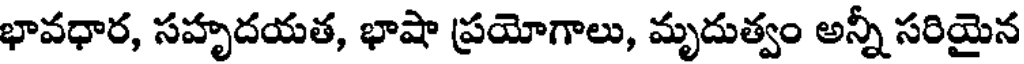
భావధార, సహృదయత, భాషా ప్రయోగాలు, మృదుత్వం అన్నీ సరియైన